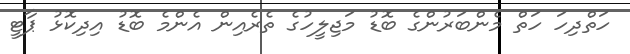
ހަތްދިހަ ހަތް މެންބަރުންގެ ބޮޑު މަޖިލީހުގެ ތެރެއިން އެންމެ ބޮޑު އިދިކޮޅު ޕާޓީ